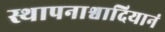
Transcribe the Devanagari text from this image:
स्थापनाश्वादियानं